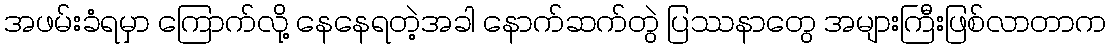
အဖမ်းခံရမှာ ကြောက်လို့ နေနေရတဲ့အခါ နောက်ဆက်တွဲ ပြဿနာတွေ အများကြီးဖြစ်လာတာက